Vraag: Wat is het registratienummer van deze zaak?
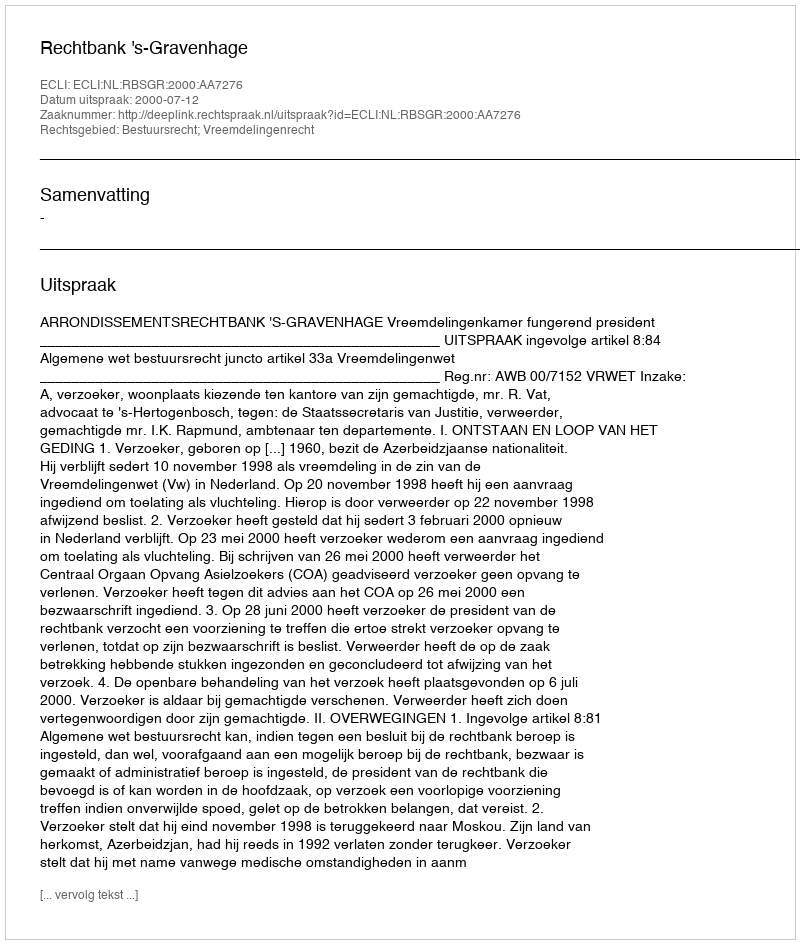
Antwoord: http://deeplink.rechtspraak.nl/uitspraak?id=ECLI:NL:RBSGR:2000:AA7276